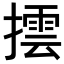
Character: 𢵆